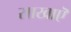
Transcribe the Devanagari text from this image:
साखाऎ